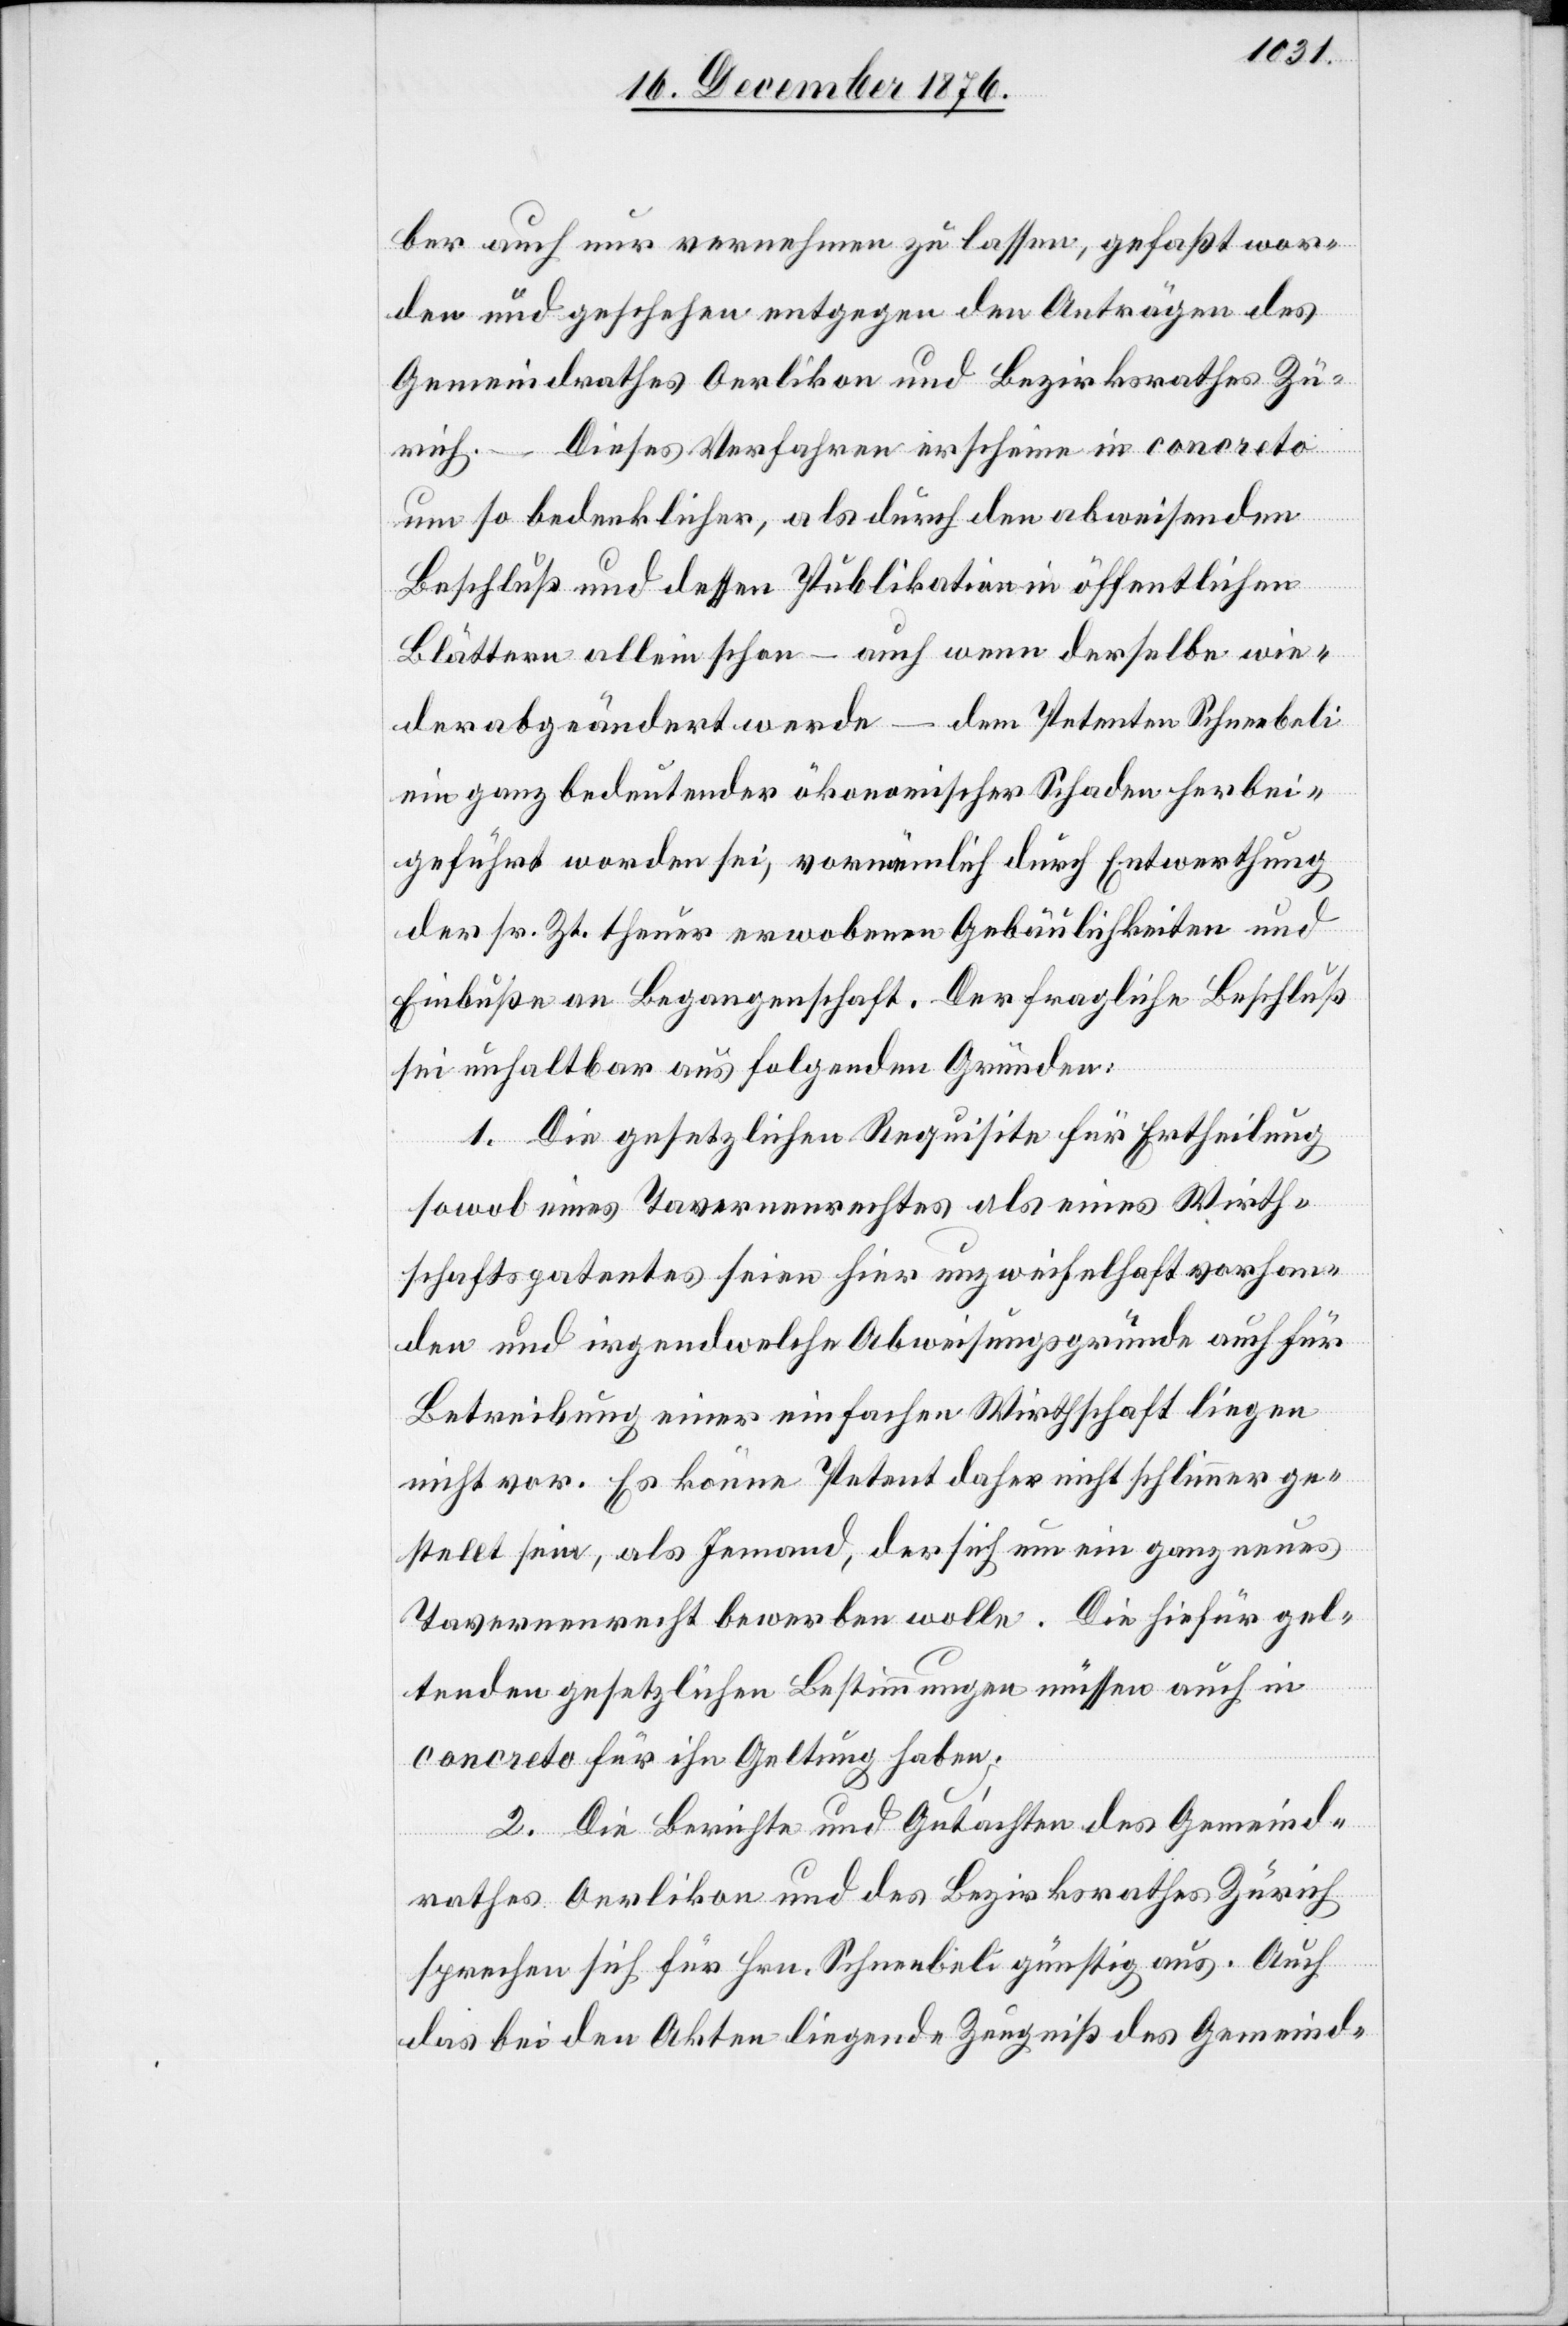
ber auch nur vernehmen zu lassen, gefaßt wor¬
den und geschehen entgegen den Anträgen des
Gemeindrathes Oerlikon und Bezirksrathes Zü¬
rich. – Dieses Verfahren erscheine in concreto
um so bedenklicher, als durch den abweisenden
Beschluß und dessen Publikation in öffentlichen
Blättern allein schon – auch wenn derselbe wie¬
der abgeändert werde – dem Petenten Schneebeli
ein ganz bedeutender ökonomischer Schaden herbei¬
geführt worden sei, vornämlich durch Entwerthung
der sr. Zt. theuer erwobenen [sic!] Gebäulichkeiten und
Einbuße an Begangenschaft. Der fragliche Beschluß
sei unhaltbar aus folgenden Gründen:
1. Die gesetzlichen Requisite für Ertheilung
sowol eines Tavernenrechtes als seines Wirth¬
schaftspatentes seien hier unzweifelhaft vorhan¬
den und irgendwelche Abweisungsgründe auch für
Betreibung einer einfachen Wirthschaft liegen
nicht vor. Es könne Petent daher nicht schlimmer ge¬
stellt sein, als Jemand, der sich um ein ganz neues
Tavernenrecht bewerben wolle. Die hiefür gel¬
tenden gesetzlichen Verstimmungen müssen auch in
concreto für ihn Geltung haben.
2. Die Berichte und Gutachten des Gemeind¬
rathes Oerlikon und des Bezirksrathes Zürich
sprechen sich für Hrn. Schneebeli günstig aus. Auch
das bei den Akten liegende Zeugniß des Gemeind-